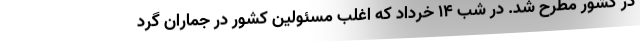
در کشور مطرح شد. در شب ۱۴ خرداد که اغلب مسئولین کشور در جماران گرد